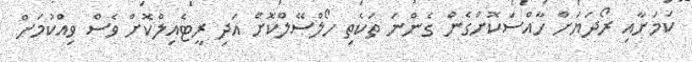
ކަމަށާއި ރޯދަޔަށް ހާއްސަކޮށްގެން ގެންނަ ތަކެތި ހޯލްސޭލްކޮށް އަދި ރީޓެއިލްކޮށް ވެސް ވިއްކުމަށް